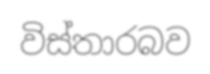
විස්තාරබව